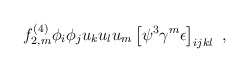
\begin{align*}f^{(4)}_{2,m} \phi_i \phi_j u_k u_l u_m \left[ \psi^3 \gamma^m \epsilon \right]_{ijkl} \ , \end{align*}